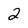
Character: 2